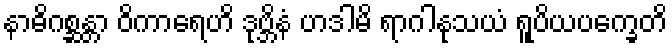
နာဓိဂစ္ဆန္တာ ဝိကာရေဟိ ဒုဗ္ဘိနံ ဟဒါမိ ရာဂါနုသယံ ရူပိယပက္ခေတိ